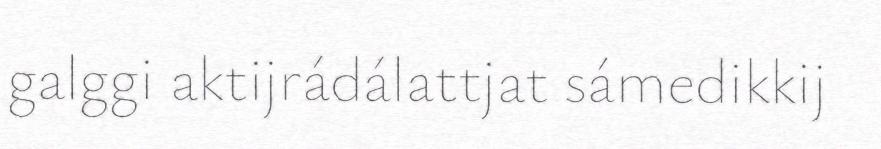
galggi aktijrádálattjat sámedikkij